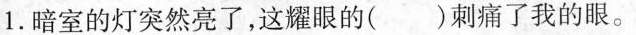
1.暗室的灯突然亮了，这耀眼的()刺痛了我的眼。